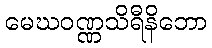
မေဃဝဏ္ဏသိရီနိဘော